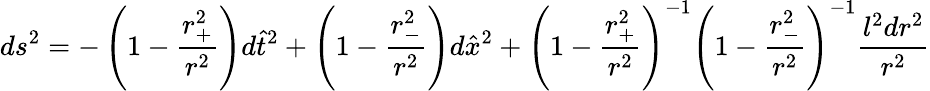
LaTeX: ds^{2}=-\left(1-\frac{r_{+}^{2}}{r^{2}}\right)d{\hat{t}}^{2}+\left(1-\frac{r_{-}^{2}}{r^{2}}\right)d{\hat{x}}^{2}+{\left(1-\frac{r_{+}^{2}}{r^{2}}\right)}^{-1}{\left(1-\frac{r_{-}^{2}}{r^{2}}\right)}^{-1}\frac{l^{2}dr^{2}}{r^{2}}